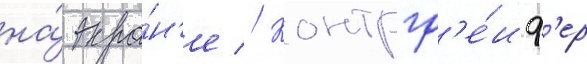
на́ экра́н'е // Контргр'е́иф'ер